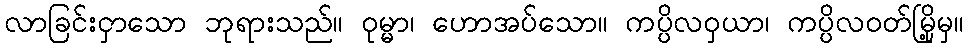
လာခြင်းငှာသော ဘုရားသည်။ ဝုမ္မာ၊ ဟောအပ်သော။ ကပ္ပိလဝှယာ၊ ကပ္ပိလဝတ်မြို့မှ။